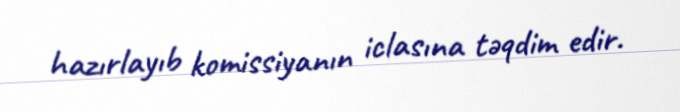
hazırlayıb komissiyanın iclasına təqdim edir.